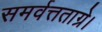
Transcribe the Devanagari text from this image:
समर्वत्तताग्रे।